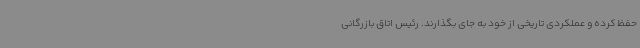
حفظ کرده و عملکردی تاریخی از خود به جای بگذارند. رئیس اتاق بازرگانی